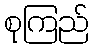
စုကြည်